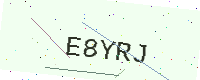
Text: E8YRJ